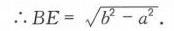
\(\therefore BE = \sqrt{b^{2} - a^{2}}.\)